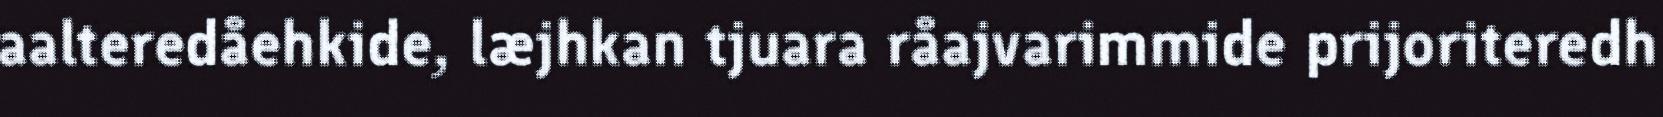
aalteredåehkide, læjhkan tjuara råajvarimmide prijoriteredh